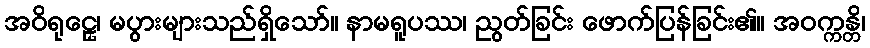
အဝိရုဠှေ၊ မပွားများသည်ရှိသော်။ နာမရူပဿ၊ ညွတ်ခြင်း ဖောက်ပြန်ခြင်း၏။ အဝက္ကန္တိ၊